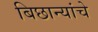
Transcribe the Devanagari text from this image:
बिछान्यांचे